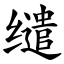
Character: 缱